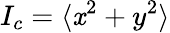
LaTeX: I_{c}=\langle\mathit{x}^{2}+y^{2}\rangle